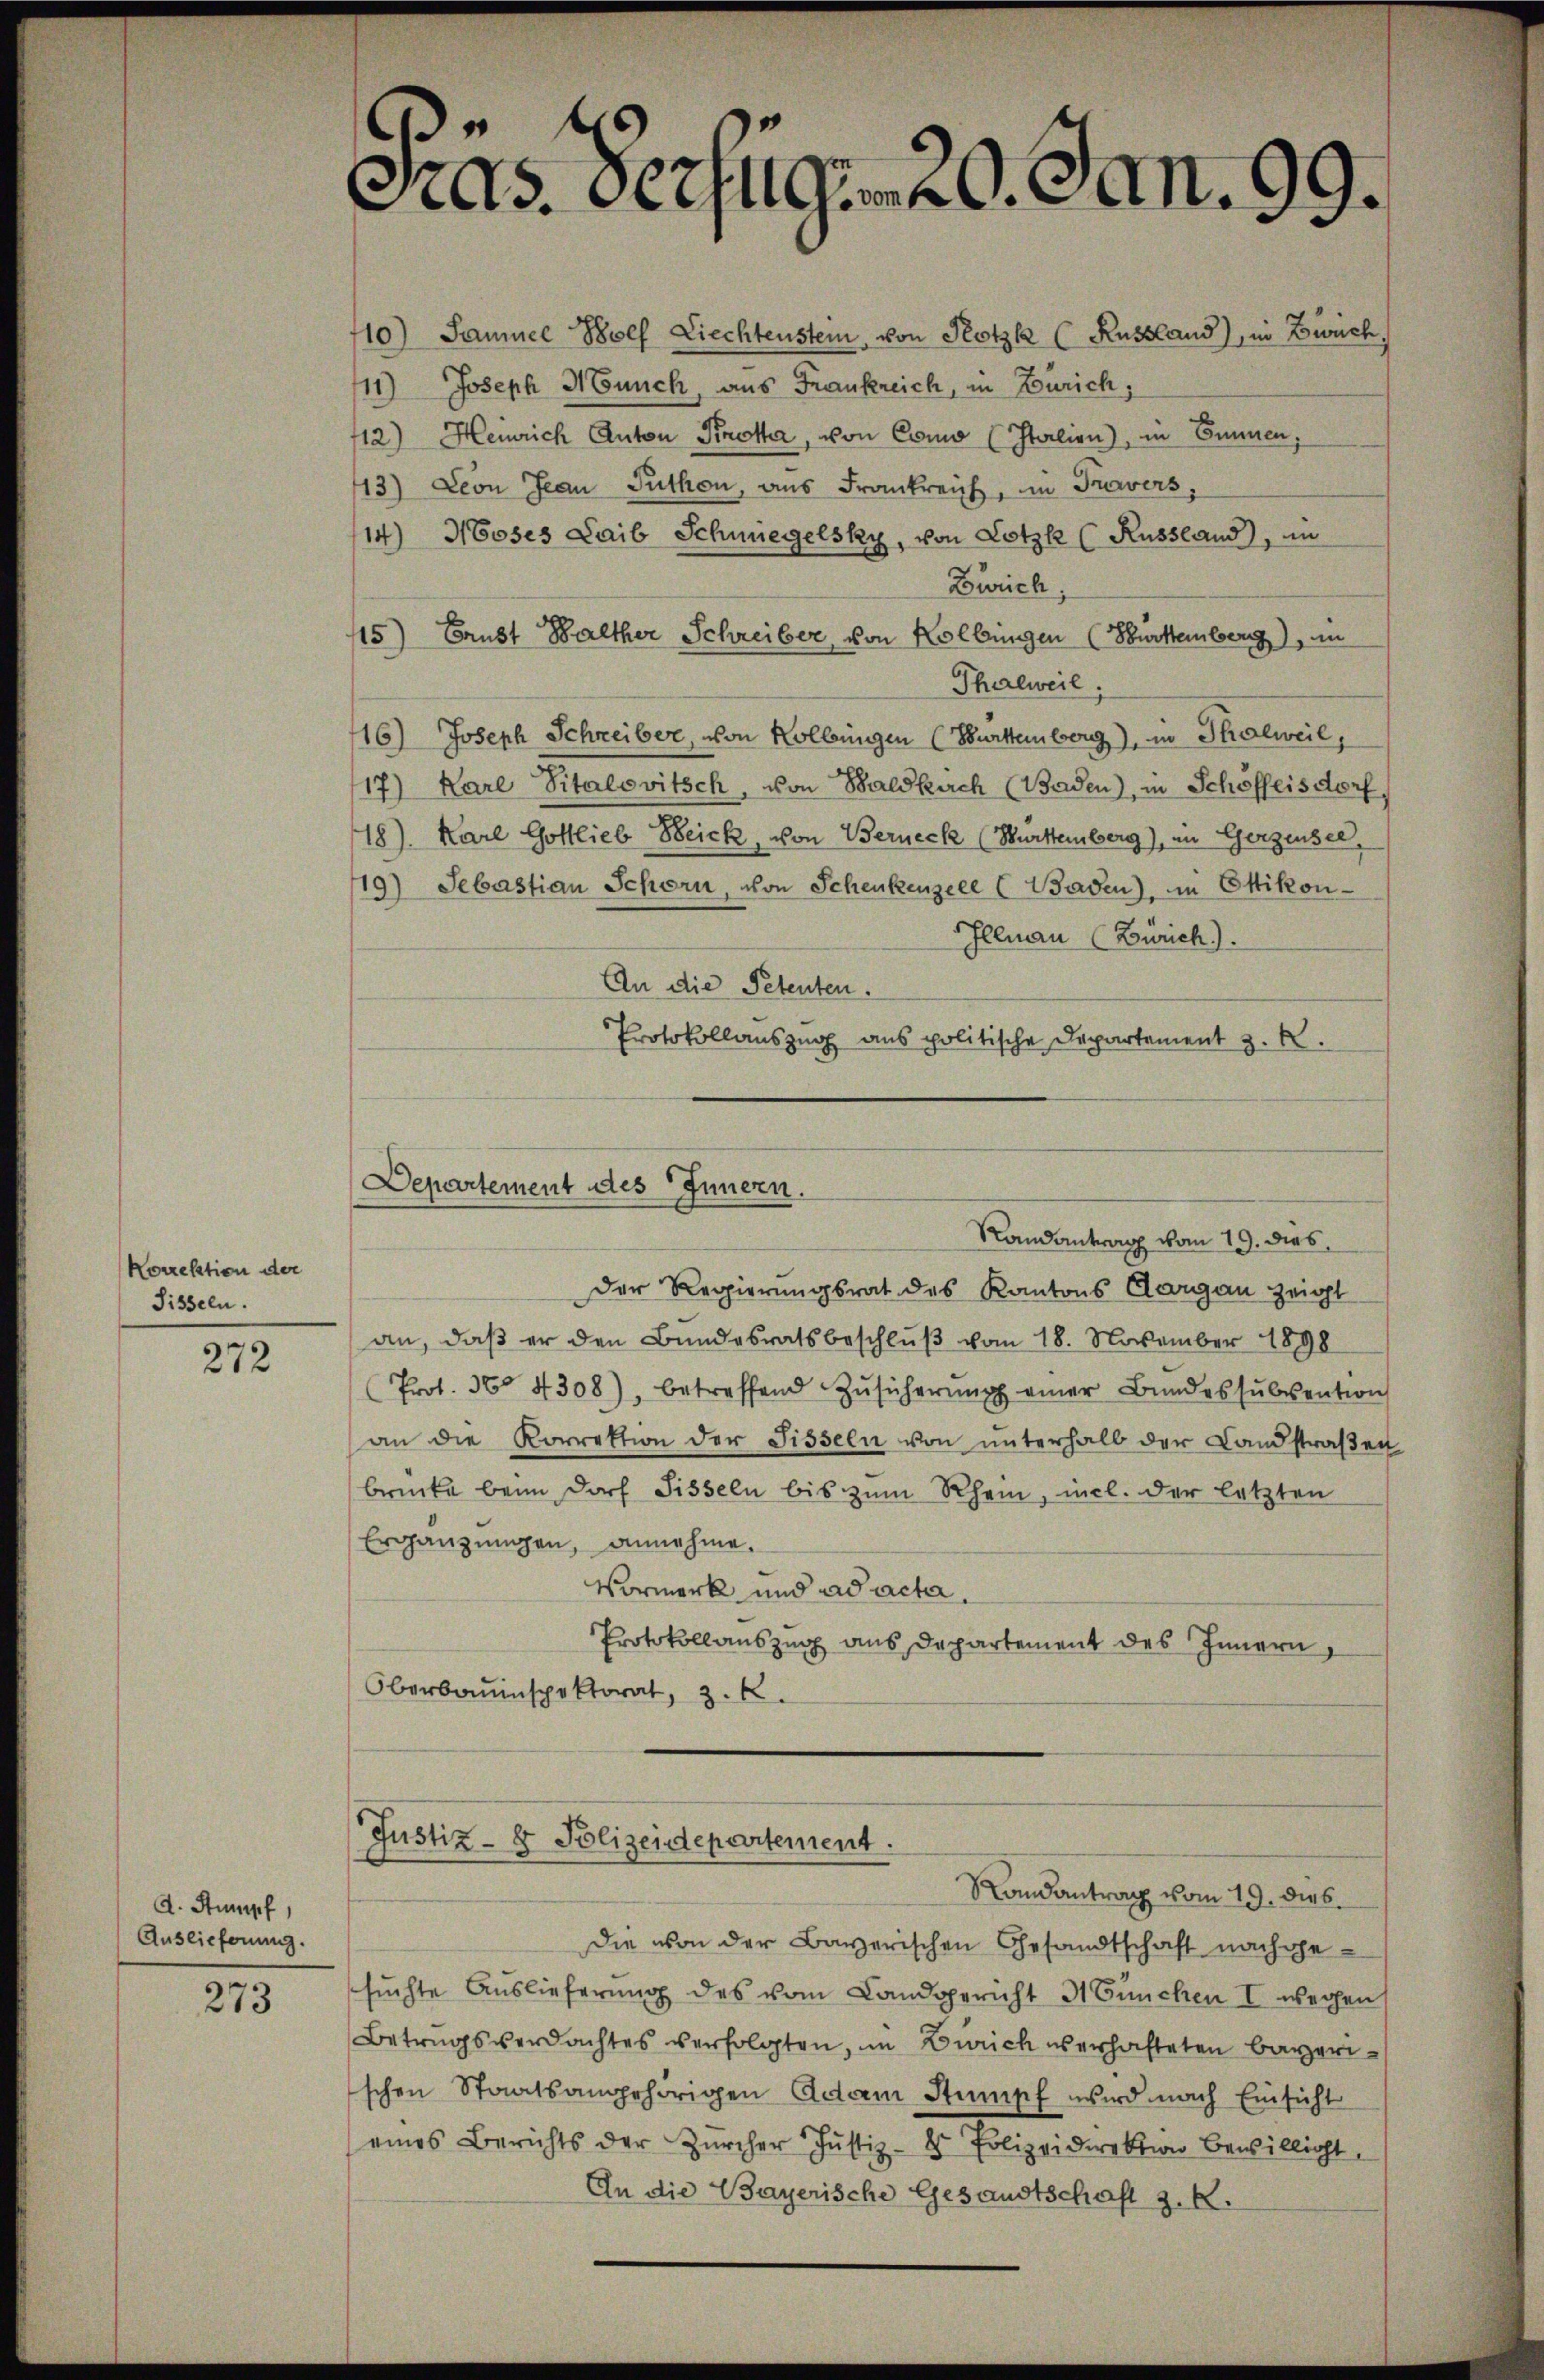
Korrektion der
Sisseln.

272

A. Stumpf
Auslieferung.

273

As. Beifügen. Jan.
.

10) Samuel Bolf Liechtenstein, von Klotzk (Russland), in Zwich,
111) Joseph H Cunch, aus Frankreich, in Zürich,
112) Heinrich Anton Krotta, von Como (Italien), in Emmen,
13) Leon Jean Puthon, aus Frankreich, in Trowers,
14) Moses Laib Schmiegelsky, von Lotzk (Russland), in
Zürich,
115) Ernst Balther Schreiber, von Kolbingen (Bürttemberg), in
Thalweil:
116) Joseph Schreiber, von Kollingen (Burttemberg), in Thalweil,
17) Karl Sitalovitsch, von Baldkich (Baden), in Schöfflisdorf
18). Karl Gottlieb Beick, von Berneck (Burttemberg), in Gerzensee,
19) Sebastian Schorn, von Schenkenzele (Baden), in Ottikon-
Illnau (Zürich).
An die Petenten.
Protokollauszug aus politische Departement z. B.
Der Regierungsrat des Kantons Aargau zeigt
an, daß er den Bundesratsbeschlŭβ vom 18. November 1898
Prot. 360 4308), betreffend Zŭsicherŭng einer Bŭndessŭbvention
an die Korrektion der Sisseln von unterhalb der Landstraßen
brücke beim Dorf Sisseln bis zum Rhein, incl. der letzten
Ergänzungen, annehme.
Vormerk und ad acta.
Protokollauszug aus Departement des Innern,
Oberbauinspektorat, 3. k.
Justiz- & Polizeidepartement.
Randantrag vom 19. dies
die von der Bayerischen Gesandtschaft nachgesuchte Auslieferung des vom Landgericht 3 Cunchen I wegen
Betrugsverdachtes verfolgten, in Zürich verhafteten Bayerischen Staatsangehörigen Adam Stumpf wird nach Einsicht
eines Berichts der Zürcher Justiz- & Polizeidirektion bewillicht
An die Bayerische Gesandtschaft z. R.

Departement des Innern.
Randantrag vom 19. dies